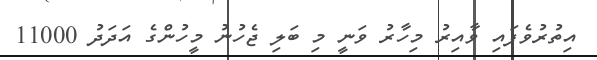
އިތުރުވެފައި ވާއިރު މިހާރު ވަނީ މި ބަލި ޖެހުުނު މީހުންގެ އަދަދު 11000